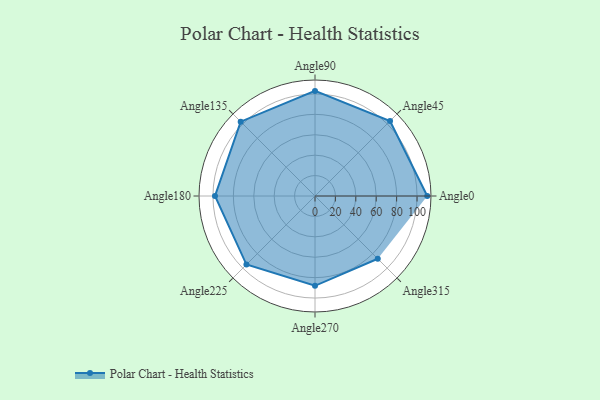
{"axis": {"x": "Angle", "y": "Radius"}, "legend": [""], "data": [{"x": "Angle0", "y": 110.0, "type": ""}, {"x": "Angle45", "y": 104.0, "type": ""}, {"x": "Angle90", "y": 103.0, "type": ""}, {"x": "Angle135", "y": 103.0, "type": ""}, {"x": "Angle180", "y": 98.0, "type": ""}, {"x": "Angle225", "y": 95.0, "type": ""}, {"x": "Angle270", "y": 88.0, "type": ""}, {"x": "Angle315", "y": 87.0, "type": ""}]}